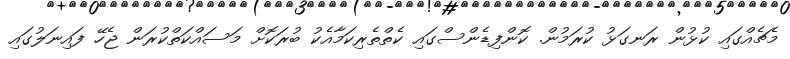
މެޗެއްގައި ކުޅުން ރަނގަޅު ކުރަމުން. ކޮންފިޑެންސްގައި ކެތްތެރިކަމާއެކު ބުރަކޮށް މަސައްކަތްކުރަން ޖެހޭ ފައިނަލުގައި